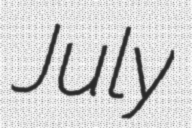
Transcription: July